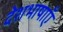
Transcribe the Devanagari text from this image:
देशभाषाएँ